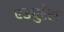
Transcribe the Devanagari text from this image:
एंड्युरेस